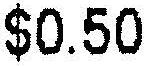
$0.50